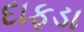
દાફડા